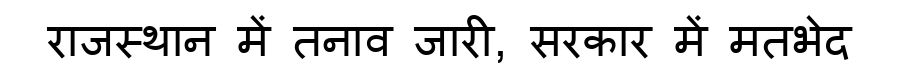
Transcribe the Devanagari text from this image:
राजस्थान में तनाव जारी, सरकार में मतभेद